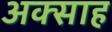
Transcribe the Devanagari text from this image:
अक्साह